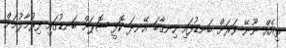
ތިއެއް ނޫނޭ ވަރަށް ބަނޑުފައި ހިނގާބަ އޭނދަ ކޮފީ ޝޮޕަށް ބަނޑުގައި ފިރުމާލުމަށް